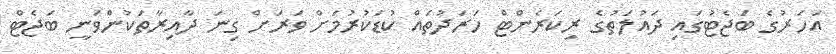
އަހަރުގެ ބަޖެޓުގައި ދައުލަތުގެ ރިކަރެންޓް ހަރަދުތައް ކުޑަކުރުމަށް ވަރަށް ގިނަ ދާއިރާތަކުންވަނީ ބަޖެޓް